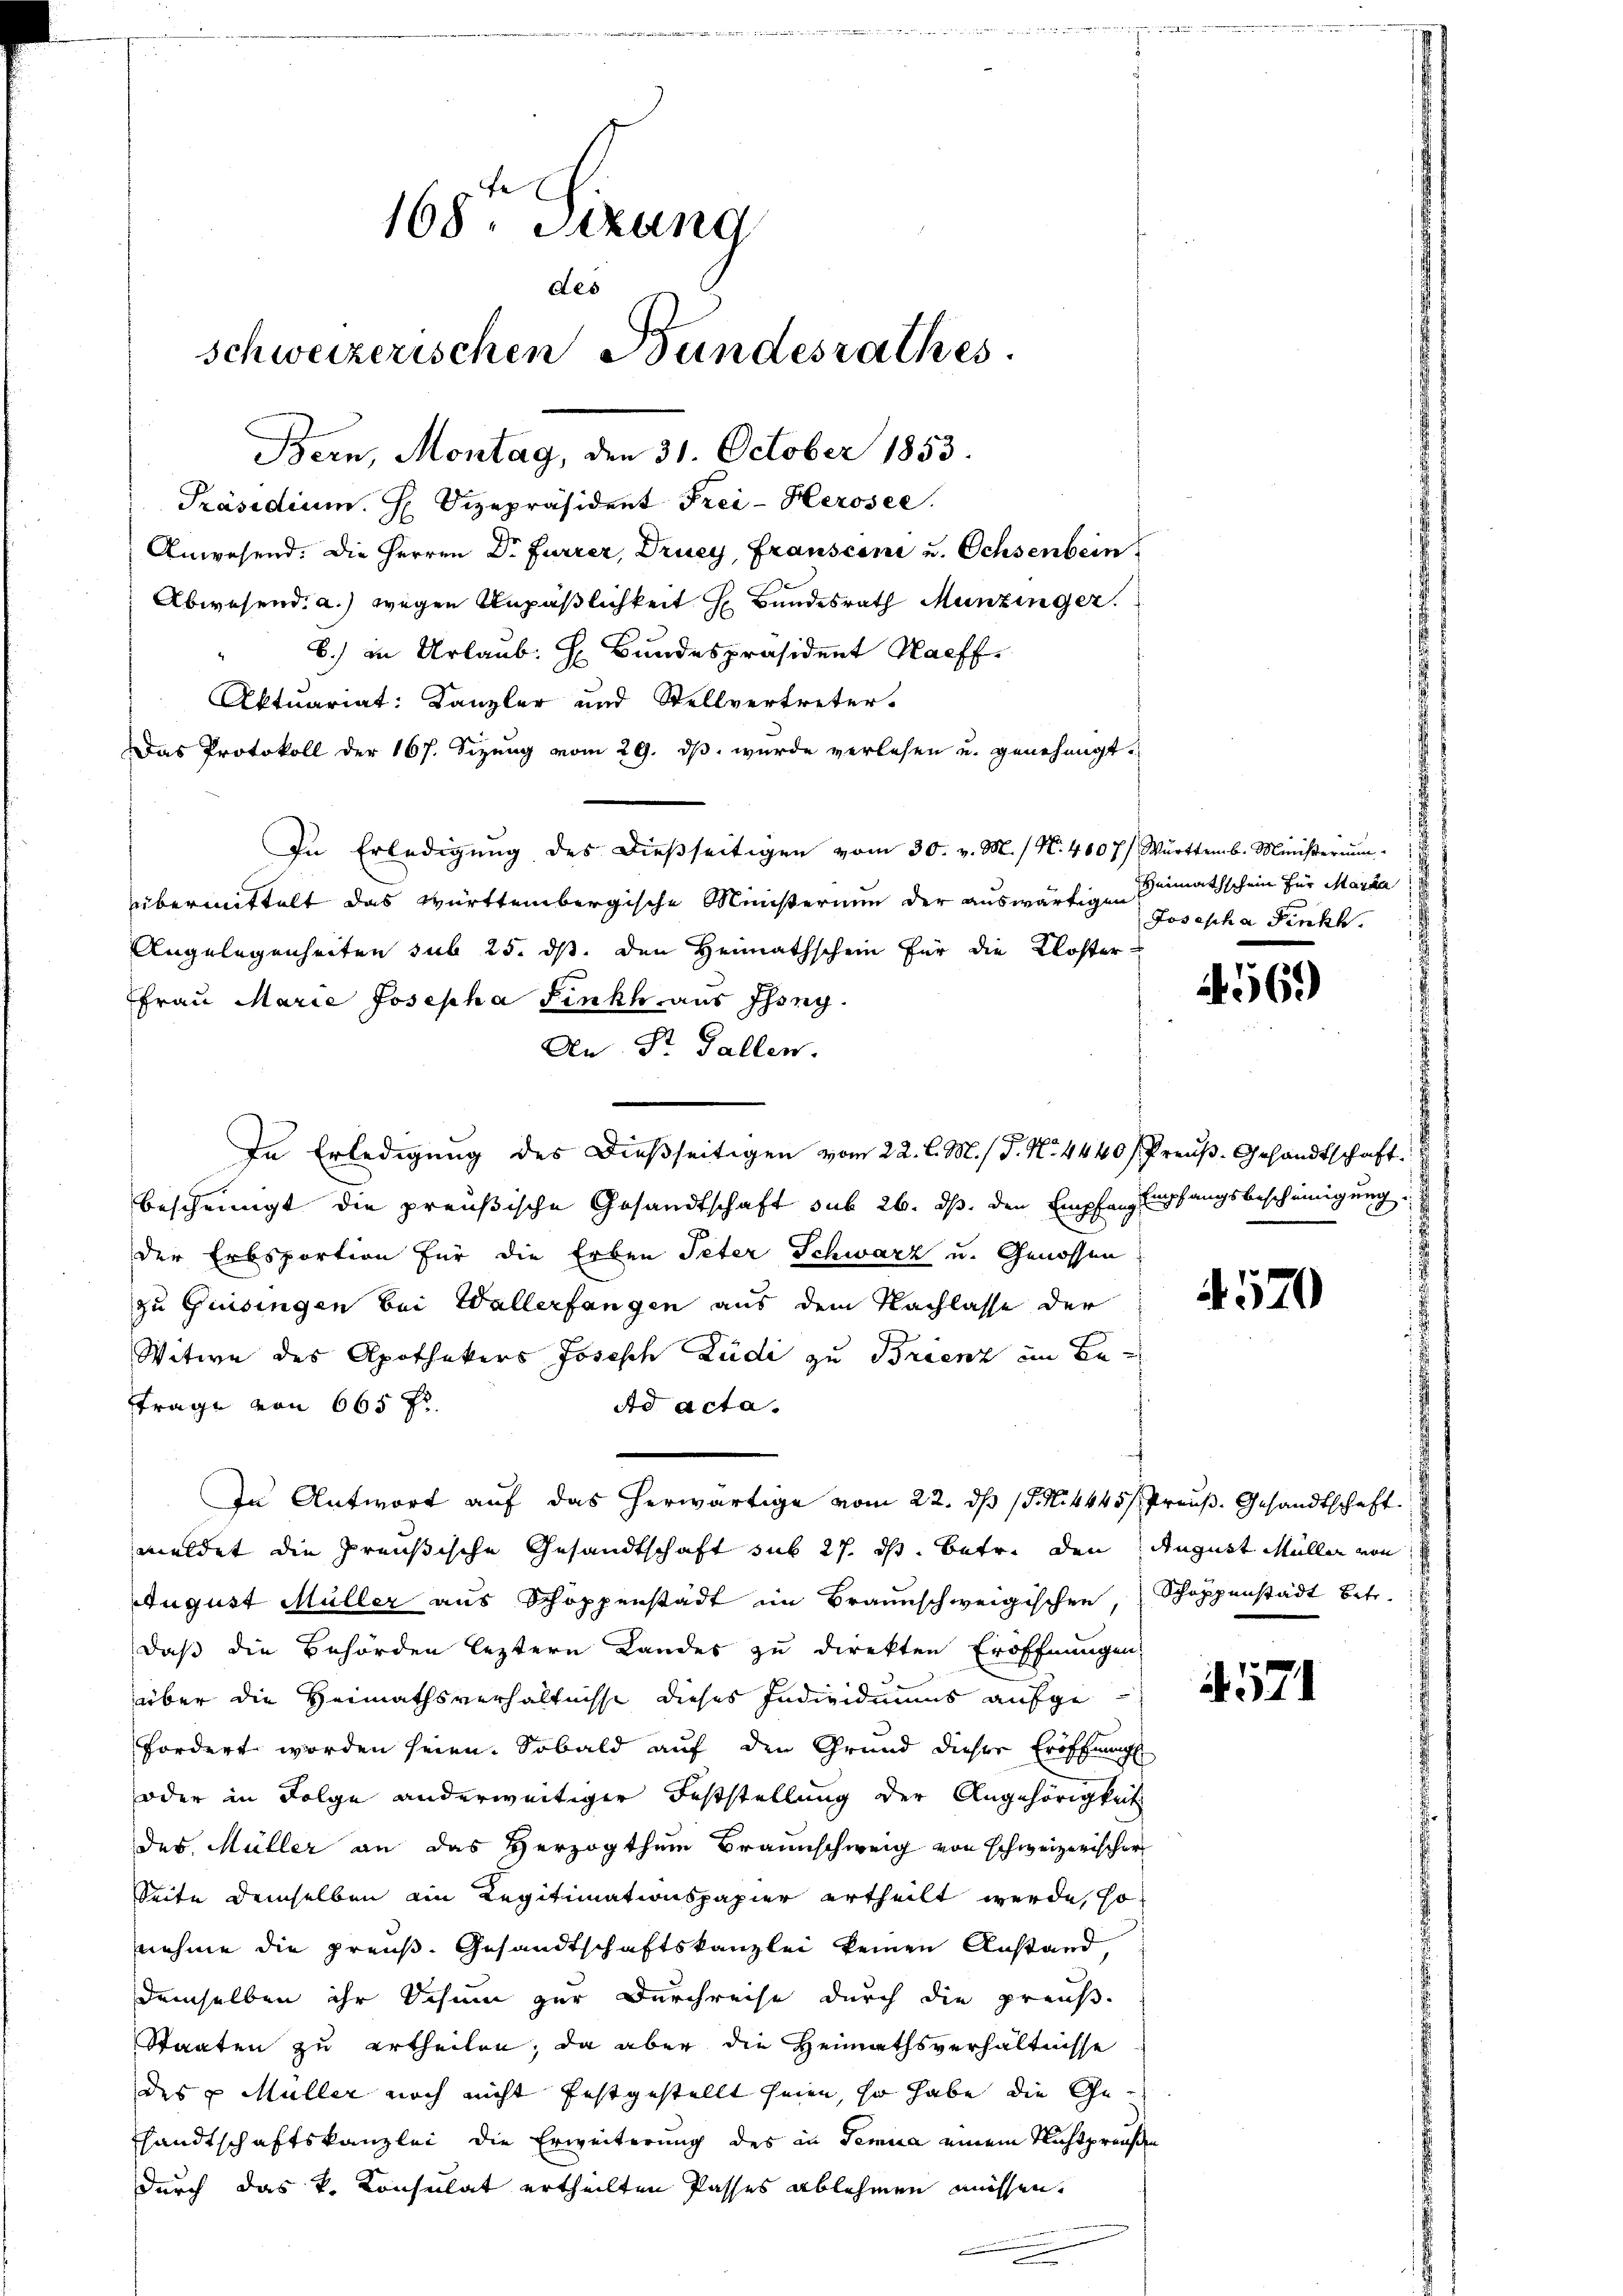
168 Sizung
des
schweizerischen Bundesrathes
Bern, Montag, den 31. October 1853.

Präsidium. H. Vizepräsident Frei-Herosee.
Anwesend. Die Herren Dr Furrer, Drucy, Fransconi u. Ochsenbein
Abwesend: a.) wegen Unpäßlichkeit H. Bundesrath Menzinger.
b.) in Urlaub. H. Bundespräsident Kaff
Aktuariat: Kanzler und Stellvertreter-
Das Protokoll der 167. Sizung vom 29. ds. wurde verlesen u. genehmigt.
In Erledigŭng des dieβseitigen vom 30. v. M. / N. 4007/ Württemb. Ministerŭ
übermittelt das württembergische Ministerium der auswärtigen Heimathschein für Maria
Angelegenheiten sub 25. ds. den Heimathschein für die Kloster
Frau Marie Josepha Fink aus Isong.
An St. Gallen.
c
In Erledigung des dießseitigen vom 22. l. M. / J. N. 4440/ Preuß. Gesandtschaft.
beschringt die preußische Gesandtschaft sub 26. ds. den Empfanz Empfangsbescheinigung:
der Erbsportion für die Erben Peter Schwarz u. Genossen
zu Grisingen bei Wallerfangen aus dem Nachlasse der
Witwe des Apothekers Joseph Ludi zu Brienz im Betrage von 665 f
Ad acta.
In Antwort auf das herwärtige vom 22. ds J. N. 4445/ Preuß. Gesandtschaft
meldet die preußische Gesandtschaft sub 27. ds. betr. den August Müller von
August Müller aus Schoppenstadt im Braunschweigischen, Schoppenstadt betr.
daß die Behörden leztern Landes zu direkten Eröffnungen:
über die Heimathsverhältnisse dieses Individuums aufgefordert worden seien. Sobald auf den Grund dieser Eröffnung
oder in Folge anderweitiger Feststellung der Angehörigkeit
des Müller an das Herzogthum Braunschweig von schweizerischer
Seite demselben ain Legitimationspapier ertheilt werde, so
nehme die preuß. Gesandtschaftskanzlei keinen Anstand,
demselben ihr Schum zur Durchreise durch die preuß¬
Staaten zu ertheilen; da aber die Heimathsverhältnisse
des u Müller noch nicht festgestellt seien, so habe die Geshandtschaftskanzlei die Erweiterung des in Temua einem Nichtpreußen
durch das k. Konsulat ertheilten Passes ablehmen müssen.

Josepha Finkh.

569

4570

571